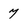
Character: 7